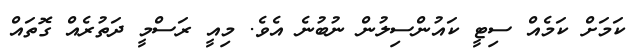
ކަމަށް ކަމެއް ސިޓީ ކައުންސިލުން ނުބުނެ އެވެ. މިއީ ރަސްމީ ދަތުރެއް ގޮތައް